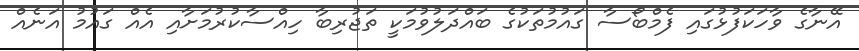
އޭނާގެ ވާހަކަފުޅުގައި ފެމްބޯސާ ގައުމުތަކުގެ ބައްދަލުވުމަކީ ތަޖުރިބާ ހިއްސާކުރުމަށާއި އެއް ގައުމު އަނެއް